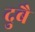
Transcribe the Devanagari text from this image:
दुबै